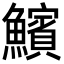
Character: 𩼧